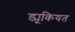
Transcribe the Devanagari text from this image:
ड्यूकियत